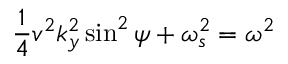
\frac { 1 } { 4 } v ^ { 2 } k _ { y } ^ { 2 } \sin ^ { 2 } \psi + \omega _ { s } ^ { 2 } = \omega ^ { 2 }